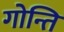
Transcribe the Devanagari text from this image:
गोन्ति